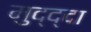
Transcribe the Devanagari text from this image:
मुद्द्दा